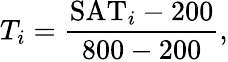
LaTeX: T_{i}=\frac{\mathrm{SAT}_{i}-200}{800-200},